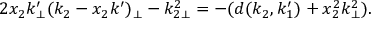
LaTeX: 2 x _ { 2 } k _ { \perp } ^ { \prime } ( k _ { 2 } - x _ { 2 } k ^ { \prime } ) _ { \perp } - k _ { 2 \perp } ^ { 2 } = - ( d ( k _ { 2 } , k _ { 1 } ^ { \prime } ) + x _ { 2 } ^ { 2 } k _ { \perp } ^ { 2 } ) .